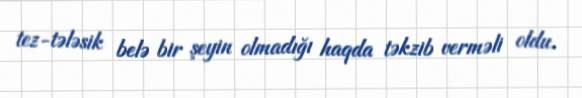
tez-tələsik belə bir şeyin olmadığı haqda təkzib verməli oldu.